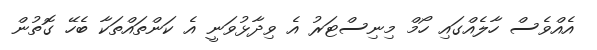
އެއްވެސް ހާލެއްގައި ހޯމް މިނިސްޓަރު އެ ވިދާޅުވަނީ އެ ކަންތައްތަކާ ބެހޭ ގޮތުން